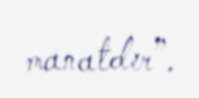
manatdır”.